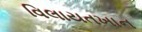
વિલાયતખાન